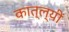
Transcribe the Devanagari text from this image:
कात्ल्यीं